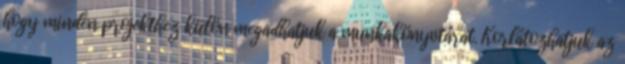
hogy minden projekthez külön megadhatjuk a munkakönyvtárat. Korlátozhatjuk az